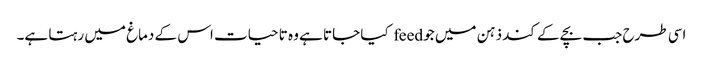
اسی طرح جب بچے کے کند ذہن میں جو feed کیا جاتا ہے وہ تا حیات اس کے دماغ میں رہتا ہے۔